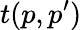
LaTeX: t(p,p^{\prime})